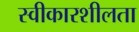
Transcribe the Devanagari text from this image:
स्वीकारशीलता